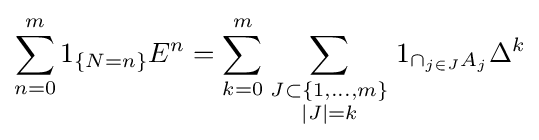
\sum _{n=0}^{m}1_{\{N=n\}}E^{n}=\sum _{k=0}^{m}\sum _{\scriptstyle J\subset \{1,\ldots ,m\} \atop \scriptstyle |J|=k}1_{\cap _{j\in J}A_{j}}\Delta ^{k}